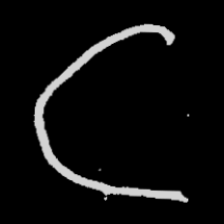
Pyu character \u2014 Myanmar letter: ဋ (romanized: tta)